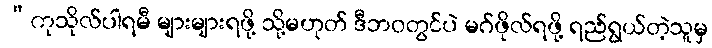
“ကုသိုလ်ပါရမီ များများရဖို့ သို့မဟုတ် ဒီဘဝတွင်ပဲ မဂ်ဖိုလ်ရဖို့ ရည်ရွယ်တဲ့သူမှ